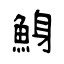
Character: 鯓